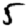
Digit: 5